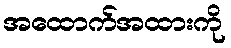
အထောက်အထားကို